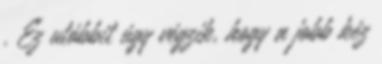
. Ez utóbbit úgy végzik, hogy a jobb kéz